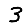
Digit: 3